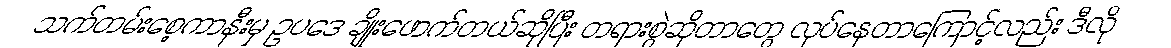
သက်တမ်းစေ့ကာနီးမှ ဥပဒေ ချိုးဖောက်တယ်ဆိုပြီး တရားစွဲဆိုတာတွေ လုပ်နေတာကြောင့်လည်း ဒီလို